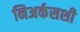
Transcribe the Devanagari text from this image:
निअर्कसशी